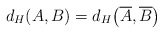
\begin{align*}d_H(A,B)=d_H\big(\overline{A},\overline{B}\big)\end{align*}